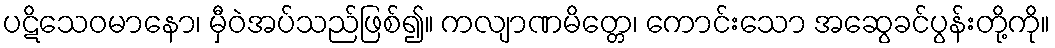
ပဋိသေဝမာနော၊ မှီဝဲအပ်သည်ဖြစ်၍။ ကလျာဏမိတ္တေ၊ ကောင်းသော အဆွေခင်ပွန်းတို့ကို။